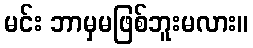
မင်း ဘာမှမဖြစ်ဘူးမလား။